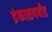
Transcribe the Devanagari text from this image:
इंफाळपर्यंत